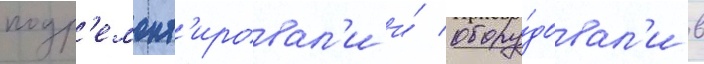
подр'емонт'ировал'и и́ обору́довал'и в